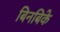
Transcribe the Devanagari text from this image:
बिनबिके